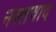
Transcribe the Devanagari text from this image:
नस्‍लवाद